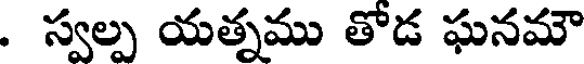
. స్వల్ప యత్నము తోడ ఘనమౌ